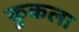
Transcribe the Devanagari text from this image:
कुकला